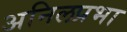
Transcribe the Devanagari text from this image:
अनिलप्रभा